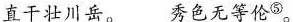
直干壮川岳。 秀色无等伦⑤\rightarrow。